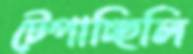
টেপাচ্ছিলি